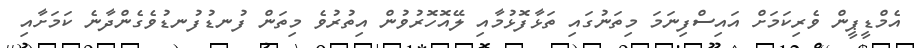
އެމްޑީޕީން ވެރިކަމަށް އައިސްފިނަމަ މިތަނުގައި ތަޅާފޮޅުމާއި ލޭއޮހޮރުވުން އިތުރުވެ މިތަން ފުނޑުފުނޑުވެގެންދާނެ ކަމަށާއި